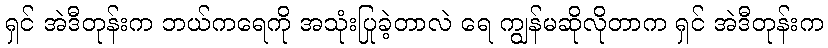
ရှင် အဲဒီတုန်းက ဘယ်ကရေကို အသုံးပြုခဲ့တာလဲ ရေ ကျွန်မဆိုလိုတာက ရှင် အဲဒီတုန်းက